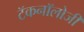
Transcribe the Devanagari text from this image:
टॅकनॉलोजी